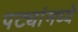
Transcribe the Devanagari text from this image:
पट्यांमध्ये